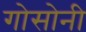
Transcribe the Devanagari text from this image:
गोसोनी